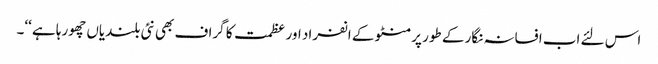
اس لئے اب افسانہ نگار کے طور پر منٹو کے انفراد اور عظمت کا گراف بھی نئی بلندیاں چھورہا ہے ‘‘۔